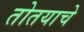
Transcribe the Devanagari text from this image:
तोतयाचे